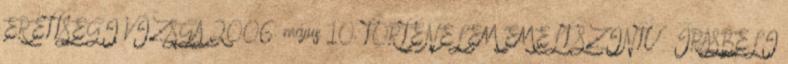
ÉRETTSÉGI VIZSGA 2006. május 10. TÖRTÉNELEM EMELT SZINTŰ ÍRÁSBELI